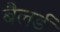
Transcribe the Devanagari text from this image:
बैलर्ड